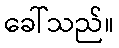
ခေါ်သည်။